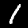
Label: 1